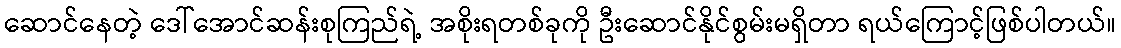
ဆောင်နေတဲ့ ဒေါ်အောင်ဆန်းစုကြည်ရဲ့ အစိုးရတစ်ခုကို ဦးဆောင်နိုင်စွမ်းမရှိတာ ရယ်ကြောင့်ဖြစ်ပါတယ်။